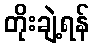
တိုးချဲ့ရန်